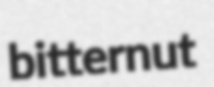
bitternut